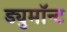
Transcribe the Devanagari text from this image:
ड्युमाॅन्ट